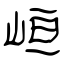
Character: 峘